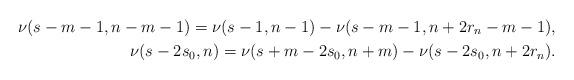
LaTeX: \begin{align*}\nu(s-m-1,n-m-1)=\nu(s-1,n-1)-\nu(s-m-1,n+2r_n-m-1),\\\nu(s-2s_0,n)=\nu(s+m-2s_0,n+m)-\nu(s-2s_0,n+2r_n).\end{align*}